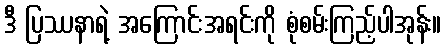
ဒီ ပြဿနာရဲ့ အကြောင်းအရင်းကို စုံစမ်းကြည့်ပါအုန်း။